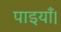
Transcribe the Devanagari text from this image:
पाइयाँ।